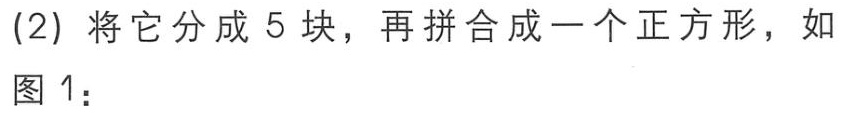
(2) 将它分成 5 块，再拼合成一个正方形，如图 1：